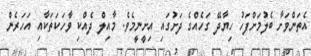
އެތަންވަށާ ބެލުމަށްފަހު ހިޔާދޭ ގަހެއްގެ ދަށުގައި އިށީނީމެވެ. މާއިލް ދެއްކި ވާހަކަތަކާއި އަހަރެން